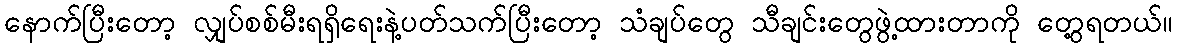
နောက်ပြီးတော့ လျှပ်စစ်မီးရရှိရေးနဲ့ပတ်သက်ပြီးတော့ သံချပ်တွေ သီချင်းတွေဖွဲ့ထားတာကို တွေ့ရတယ်။